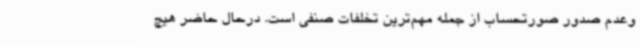
وعدم صدور صورتحساب از جمله مهم‌ترین تخلفات صنفی است. درحال حاضر هیچ